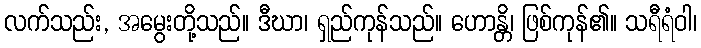
လက်သည်း, အမွေးတို့သည်။ ဒီဃာ၊ ရှည်ကုန်သည်။ ဟောန္တိ၊ ဖြစ်ကုန်၏။ သရီရံဝါ၊